Vaccination in Bombay 1902-1912 - 1902-1912
Year: 1902
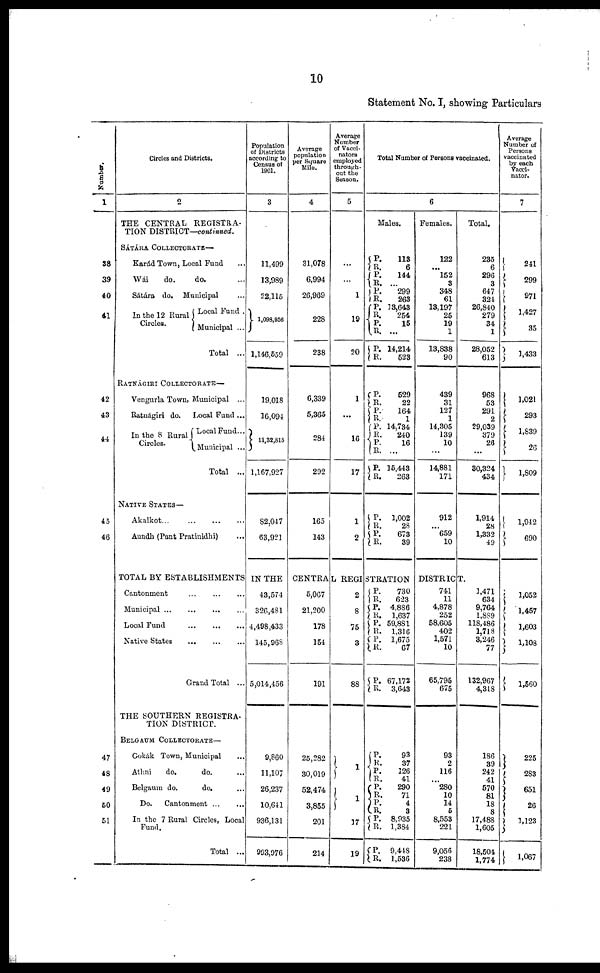
10
Statement No. I, showing Particulars
Number.
1
38
39
40
41
42
43
44
45
46
47
48
49
50
51
Circles and Districts.
2
THE CENTRAL REGISTRA-
TION DISTRICT—continued.
SÁTÁRA COLLECTORATE—
Karád Town, Local Fund ...
Wái
do.
do. ...
Sátára do. Municipal ...
In the 12 Rural
Circles.
Local Fund .
Municipal ...
Total ...
RATNÁGIRI COLLECTORATE—
Vengurla Town, Municipal ...
Ratnágiri do. Local Fund ...
In the 8 Rural
Circles.
Local Fund...
Municipal ...
Total ...
NATIVE STATES—
Akalkot ...
...
...
...
Aundh (Pant Pratinidhi) ...
Population
of Districts
according to
Census of
1901.
3
11,499
13,989
22,115
1,098,956
1,146,559
19,018
16,094
11,32,815
1,167,927
82,047
63,921
Average
population
per Square
Mile.
4
31,078
6,994
26,969
228
238
6,339
5,365
284
292
165
143
Average
Number
of Vacci-
nators
employed
through-
out the
Season.
5
...
...
1
19
20
1
...
16
17
1
2
Total Number of Persons vaccinated.
6
Males.
P.
R.
P.
R.
P.
R.
P.
R. P.
R.
P.
R.
P. R.
P.
R.
P.
R.
P.
R.
P.
R.
P. R.
P.
R.
113
6
144.
...
299
263
13,643
254
15
...
14,214
523
529
22
164
1
14,734
240
16
...
15,443
263
1,002
28
673
39
Females.
122
... 152
3
348
61
13,197
25
19
1
13,838
90
439
31
127
1
14,305
139
10
...
14,881
171
912
...
659
10
Total.
235
6
296
3
647
324
26,840
279
34
1
28,052
613
968
53
291
2
29,039
379
26
...
30,324
434
1,914
28
1,332
49
TOTAL BY ESTABLISHMENTS IN THE CENTRAL REGISTRATION DISTRICT.
Cantonment
...
...
...
Municipal
...
...
...
...
Local Fund
...
...
...
Native States ... ... ...
Grand Total ...
THE SOUTHERN REGISTRA-
TION DISTRICT.
BELGAUM COLLECTORATE—
Gokák Town, Municipal ...
Athni
do.
do. ...
Belgaum do.
do. ...
Do.
Cantonment
...
...
In the 7 Rural Circles, Local
Fund.
Total ...
43,574
326,481
4,498,433
145,968
5,014,456
9,860
11,107
26,237
10,641
936,131
993,976
5,067
21,200
178
154
191
25,282
30,019
52,474
3,855
201
214
2
8
75
3
88
1
1
17
19
P.
R.
P.
R.
P.
R.
P.
R.
P.
R.
P.
R.
P. R.
P.
R.
P.
R.
-- R.
P.
R.
730
623
4,886
1,637
59,881
1,316
1,675
67
67,172
3,643
93
37
126
41
290
71
4
3
8,935
1,384
9,448
1,536
741
11
4,878
252
58,605
402
1,571
10
65,795
675
93
2
116
...
280
10
14
5
8,553
221
9,056
238
1,471
634
9,764
1,889
118,486
1,718
3,246
77
132,967
4,318
186
39
242
41
570
81
18
8
17,488
1,605
18,504
1,774
Average
Number of
Persons
vaccinated
by each
Vacci-
nator.
7
241
299
971
1,427
35
1,433
1,021
293
1,839
26
1,809
1,942
690
1,052
1,457
1,603
1,108
1,560
225
283
651
26
1,123
1,067